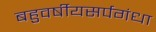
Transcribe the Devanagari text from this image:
बहुवर्षीयसर्पगंधा